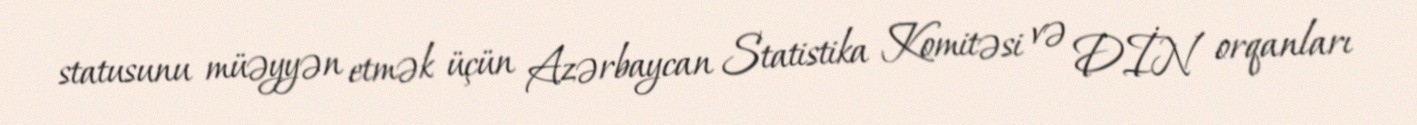
statusunu müəyyən etmək üçün Azərbaycan Statistika Komitəsi və DİN orqanları